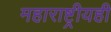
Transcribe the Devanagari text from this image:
महाराष्ट्रीयही